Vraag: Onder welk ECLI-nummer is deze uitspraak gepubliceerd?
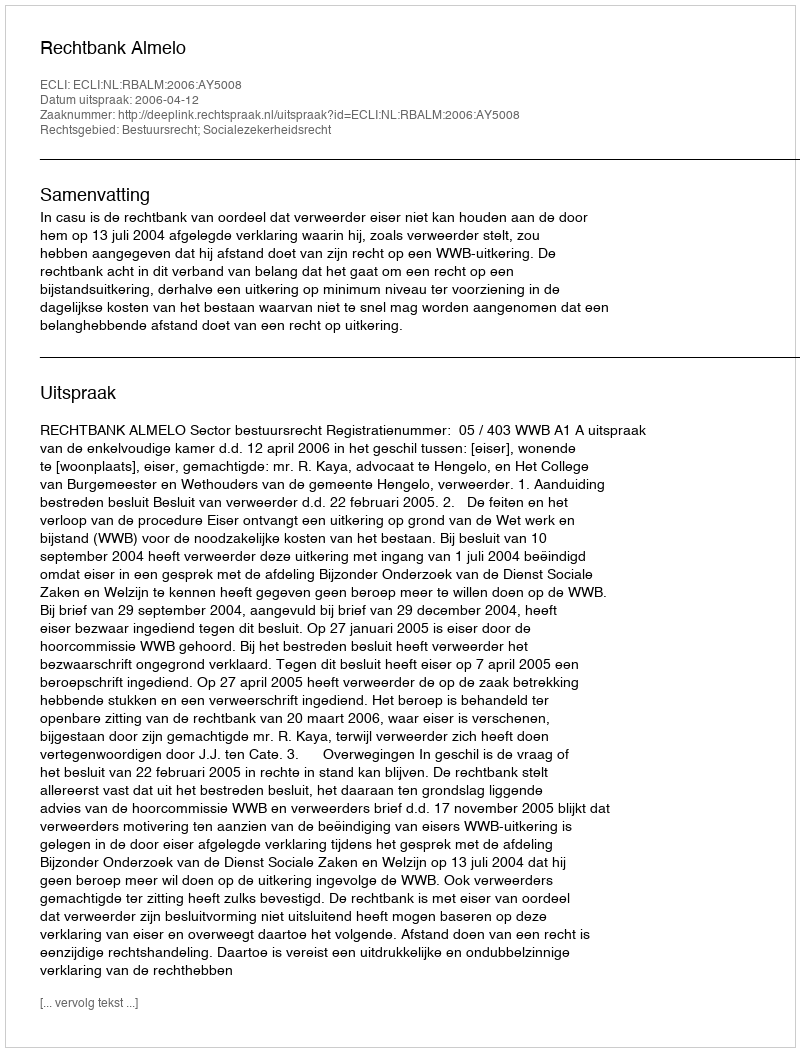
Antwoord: ECLI:NL:RBALM:2006:AY5008